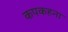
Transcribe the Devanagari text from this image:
कपकहना